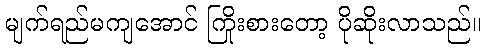
မျက်ရည်မကျအောင် ကြိုးစားတော့ ပိုဆိုးလာသည်။